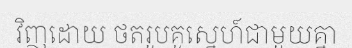
វិញដោយ ថតរូបគូស្នេហ៍ជាមួយគ្នា